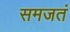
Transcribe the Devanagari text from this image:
समजतं